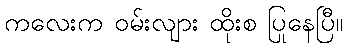
ကလေးက ဝမ်းလျား ထိုးစ ပြုနေပြီ။